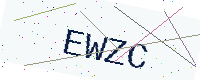
Text: EWZC